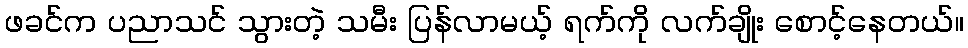
ဖခင်က ပညာသင် သွားတဲ့ သမီး ပြန်လာမယ့် ရက်ကို လက်ချိုး စောင့်နေတယ်။